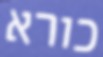
כורא